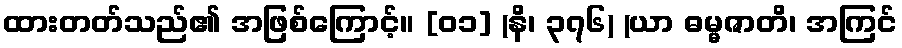
ထားတတ်သည်၏ အဖြစ်ကြောင့်။ [၀၁] (နိ၊ ၃၇၆) (ယာ ဓမ္မဇာတိ၊ အကြင်